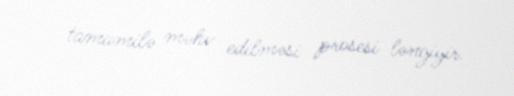
tamamilə məhv edilməsi prosesi ləngiyir.